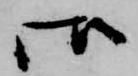
御